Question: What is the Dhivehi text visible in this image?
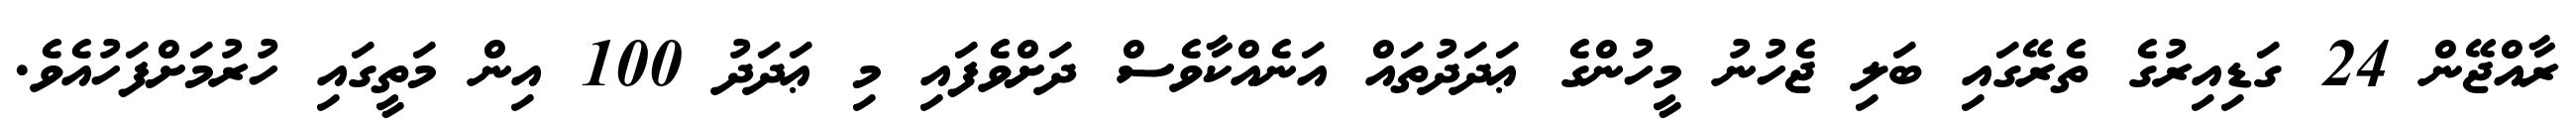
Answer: ރާއްޖޭން 24 ގަޑިއިރުގެ ތެރޭގައި ބަލި ޖެހުނު މީހުންގެ ޢަދަދުތައް އަނެއްކާވެސް ދަށްވެފައި މި ޢަދަދު 100 އިން މަތީގައި ހުރުމަށްފަހުއެވެ.